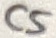
Text: C5